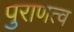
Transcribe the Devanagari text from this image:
पुराणत्व